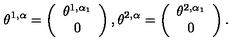
\theta ^ { 1 , \alpha } = \left( \begin{array} { c } { \theta ^ { 1 , \alpha _ { 1 } } } \\ { 0 } \\ \end{array} \right) , \theta ^ { 2 , \alpha } = \left( \begin{array} { c } { \theta ^ { 2 , \alpha _ { 1 } } } \\ { 0 } \\ \end{array} \right) .